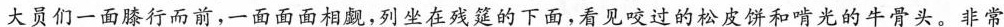
大员们一面膝行而前，一面面面相觑,列坐在残筵的下面,看见咬过的松皮饼和啃光的牛骨头。非常